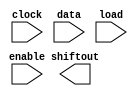
// megafunction wizard: %LPM_SHIFTREG%VBB%
// GENERATION: STANDARD
// VERSION: WM1.0
// MODULE: LPM_SHIFTREG 

// ============================================================
// Megafunction Name(s):
// 			LPM_SHIFTREG
//
// Simulation Library Files(s):
// 			lpm
// ============================================================
// ************************************************************
// THIS IS A WIZARD-GENERATED FILE. DO NOT EDIT THIS FILE!
//
// 15.0.0 Build 145 04/22/2015 SJ Full Version
// ************************************************************

//Copyright (C) 1991-2015 Altera Corporation. All rights reserved.
//Your use of Altera Corporation's design tools, logic functions 
//and other software and tools, and its AMPP partner logic 
//functions, and any output files from any of the foregoing 
//(including device programming or simulation files), and any 
//associated documentation or information are expressly subject 
//to the terms and conditions of the Altera Program License 
//Subscription Agreement, the Altera Quartus II License Agreement,
//the Altera MegaCore Function License Agreement, or other 
//applicable license agreement, including, without limitation, 
//that your use is for the sole purpose of programming logic 
//devices manufactured by Altera and sold by Altera or its 
//authorized distributors.  Please refer to the applicable 
//agreement for further details.

module shiftreg (
	clock,
	data,
	enable,
	load,
	shiftout);

	input	  clock;
	input	[31:0]  data;
	input	  enable;
	input	  load;
	output	  shiftout;

endmodule

// ============================================================
// CNX file retrieval info
// ============================================================
// Retrieval info: PRIVATE: ACLR NUMERIC "0"
// Retrieval info: PRIVATE: ALOAD NUMERIC "0"
// Retrieval info: PRIVATE: ASET NUMERIC "0"
// Retrieval info: PRIVATE: ASET_ALL1 NUMERIC "1"
// Retrieval info: PRIVATE: CLK_EN NUMERIC "1"
// Retrieval info: PRIVATE: INTENDED_DEVICE_FAMILY STRING "Cyclone V"
// Retrieval info: PRIVATE: LeftShift NUMERIC "0"
// Retrieval info: PRIVATE: ParallelDataInput NUMERIC "1"
// Retrieval info: PRIVATE: Q_OUT NUMERIC "0"
// Retrieval info: PRIVATE: SCLR NUMERIC "0"
// Retrieval info: PRIVATE: SLOAD NUMERIC "1"
// Retrieval info: PRIVATE: SSET NUMERIC "0"
// Retrieval info: PRIVATE: SSET_ALL1 NUMERIC "1"
// Retrieval info: PRIVATE: SYNTH_WRAPPER_GEN_POSTFIX STRING "0"
// Retrieval info: PRIVATE: SerialShiftInput NUMERIC "0"
// Retrieval info: PRIVATE: SerialShiftOutput NUMERIC "1"
// Retrieval info: PRIVATE: nBit NUMERIC "32"
// Retrieval info: PRIVATE: new_diagram STRING "1"
// Retrieval info: LIBRARY: lpm lpm.lpm_components.all
// Retrieval info: CONSTANT: LPM_DIRECTION STRING "RIGHT"
// Retrieval info: CONSTANT: LPM_TYPE STRING "LPM_SHIFTREG"
// Retrieval info: CONSTANT: LPM_WIDTH NUMERIC "32"
// Retrieval info: USED_PORT: clock 0 0 0 0 INPUT NODEFVAL "clock"
// Retrieval info: USED_PORT: data 0 0 32 0 INPUT NODEFVAL "data[31..0]"
// Retrieval info: USED_PORT: enable 0 0 0 0 INPUT NODEFVAL "enable"
// Retrieval info: USED_PORT: load 0 0 0 0 INPUT NODEFVAL "load"
// Retrieval info: USED_PORT: shiftout 0 0 0 0 OUTPUT NODEFVAL "shiftout"
// Retrieval info: CONNECT: @clock 0 0 0 0 clock 0 0 0 0
// Retrieval info: CONNECT: @data 0 0 32 0 data 0 0 32 0
// Retrieval info: CONNECT: @enable 0 0 0 0 enable 0 0 0 0
// Retrieval info: CONNECT: @load 0 0 0 0 load 0 0 0 0
// Retrieval info: CONNECT: shiftout 0 0 0 0 @shiftout 0 0 0 0
// Retrieval info: GEN_FILE: TYPE_NORMAL shiftreg.v TRUE
// Retrieval info: GEN_FILE: TYPE_NORMAL shiftreg.inc FALSE
// Retrieval info: GEN_FILE: TYPE_NORMAL shiftreg.cmp FALSE
// Retrieval info: GEN_FILE: TYPE_NORMAL shiftreg.bsf FALSE
// Retrieval info: GEN_FILE: TYPE_NORMAL shiftreg_inst.v FALSE
// Retrieval info: GEN_FILE: TYPE_NORMAL shiftreg_bb.v TRUE
// Retrieval info: LIB_FILE: lpm